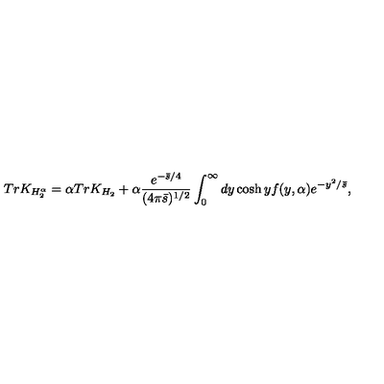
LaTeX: T r K _ { H _ { 2 } ^ { \alpha } } = \alpha T r K _ { H _ { 2 } } + \alpha { \frac { e ^ { - { \bar { s } / 4 } } } { ( 4 \pi \bar { s } ) ^ { 1 / 2 } } } \int _ { 0 } ^ { \infty } d y \cosh y f ( y , \alpha ) e ^ { - { y ^ { 2 } / \bar { s } } } ,